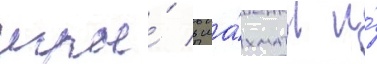
игры́ в ша́хматы и́